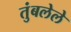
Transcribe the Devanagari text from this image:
तुंबलेले